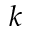
k